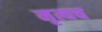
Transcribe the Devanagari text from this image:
नृत्यच